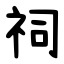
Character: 祠